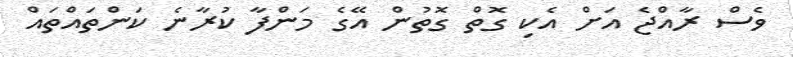
ވެސް ރާއްޖެ އަށް އެކި ގޮތް ގޮތުން އޭގެ މަންފާ ކުރާނެ ކަންތައްތައް